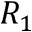
R _ { 1 }